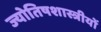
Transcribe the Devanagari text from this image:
ज्योतिषशास्त्रीयों